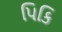
પિકિ